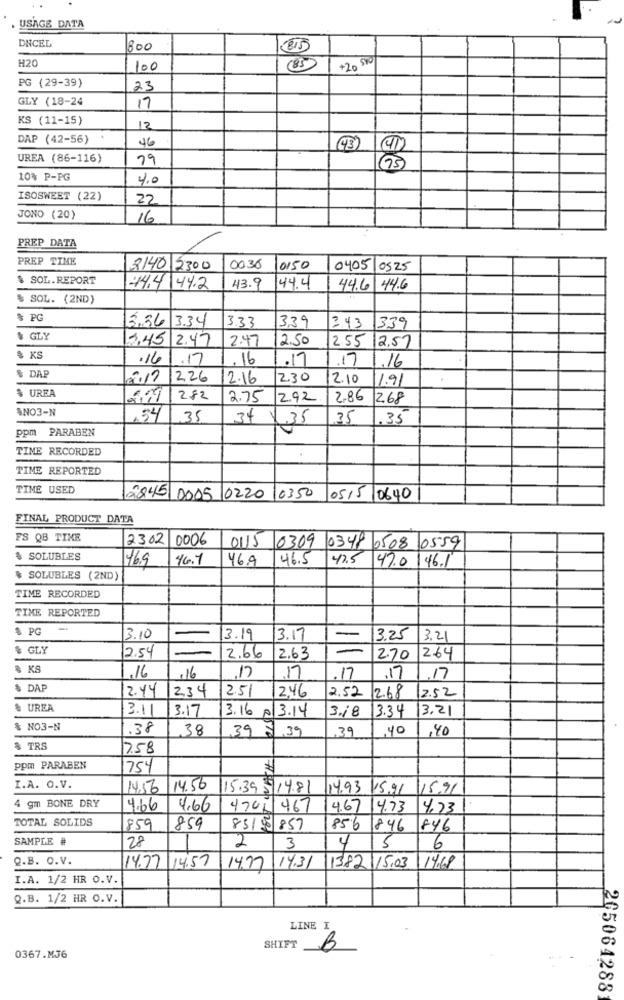
. USAGE DATA
DNCEL
800
H20
+20 5%
100
(85
PG (29-39)
23
GLY (18-24
17
KS (11-15)
12
DAP (42-56)
46
43)
UREA (86-116)
75
10% P-PG
4.0
ISOSWEET (22)
22
JONO (20)
16
PREP DATA
PREP TIME
2140 2300
0036
0150
0405 0525
$ SOL.REPORT
44.4 44.2
43.9
44.4
44.6 44.6
& SOL. (2ND)
& PG
3,36
3.34
333
339
3.43
1339
& GLY
3.45 2.47
2.47
2.50
255 12.57
$ KS
.16
.17
.16
.17
.17
1.16
$ DAP
2.17 226
2.16
2.30
12.10
1.91
% UREA
282
2.75
2.92.
2.86 2.68
ANO3-N
.54
35
34
35
35
.35
ppm PARABEN
TIME RECORDED
TIME REPORTED
TIME USED
2845 0005 0220 0350
05/5/0640
FINAL PRODUCT DATA
FS QB TIME
2302
0006
0115 0309 0348 0508 0559
$ SOLUBLES
146.9
46.7
46.9
46.5
47.5
47.0
146.1
& SOLUBLES (2ND)
TIME RECORDED
TIME REPORTED
$ PG
3.10
3.19
3.17
3.25
3.21
$ GLY
2.54
2.66
2.63
=
2.70
12.64
& KS
,16
.16
,17
.17
.17
,17
.17
$ DAP
2.44
1234
2.51
2.46
2.52
2.52 2.68
& UREA
3.11
3.17
3.16 p/3.14
3.18
3.34
3.21
& NO3-N
.38
38
39 $ 39
.39
,40
,40
& TRS
7.58
ppm PARABEN
754
I.A. O.V.
14.56 14.56
15.39 5 14.81
14.93.15.91 15.91
4 gm BONE DRY
4.66
4.66
470- 467
4.67 14.73
4.23
TOTAL SOLIDS
859
859
8515 857
856 1846
846
SAMPLE #
28
2
3
4
5
6
Q.B. O.V.
14.77 14:57
14.97
14.31
1382 /15.03
14.68
I.A. 1/2 HR O.V.
Q.B. 1/2 HR O.V.
LINE I
SHIFT
B
0367.MJ6
205064288